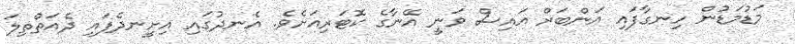
މަޑުމަޑުން ހިނގާފައި އަންބަރް އައިސް ވަނީ އޭނާގެ ކޮޓަރިއަށެވެ. އެނދުގައި އިށީނދެފައި ދެއަތްތިލަ